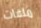
ملفات